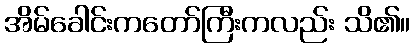
အိမ်ခေါင်းကတော်ကြီးကလည်း သိ၏။